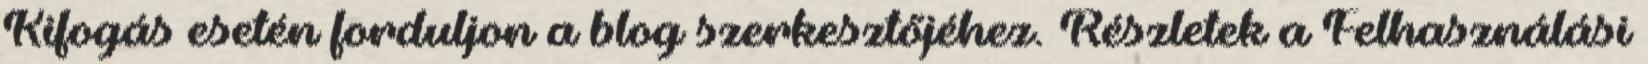
Kifogás esetén forduljon a blog szerkesztőjéhez. Részletek a Felhasználási